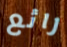
رائع